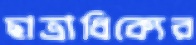
ছাত্রাধিক্যের